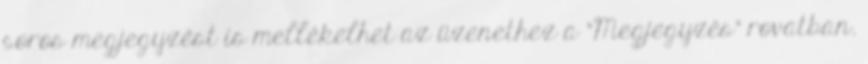
soros megjegyzést is mellékelhet az üzenethez a "Megjegyzés" rovatban.